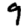
Digit: 9